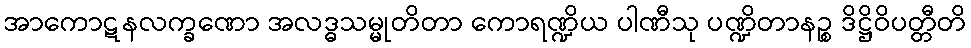
အာကောဋနလက္ခဏော အလဒ္ဓသမ္မုတိတာ ကောရဏ္ဍိယ ပါဏီသု ပဏ္ဍိတာနဉ္စ ဒိဋ္ဌိဝိပတ္တီတိ